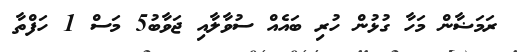
ރަމަޟާން މަހާ ގުޅުން ހުރި ބައެއް ސުވާލާއި ޖަވާބު5 މަސް 1 ހަފްތާ